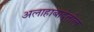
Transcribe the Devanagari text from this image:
अलाहाबादेतील